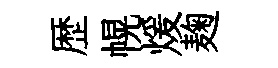
歴幌煖麹